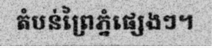
តំបន់ព្រៃភ្នំផ្សេងៗ។